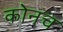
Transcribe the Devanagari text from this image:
कोनच